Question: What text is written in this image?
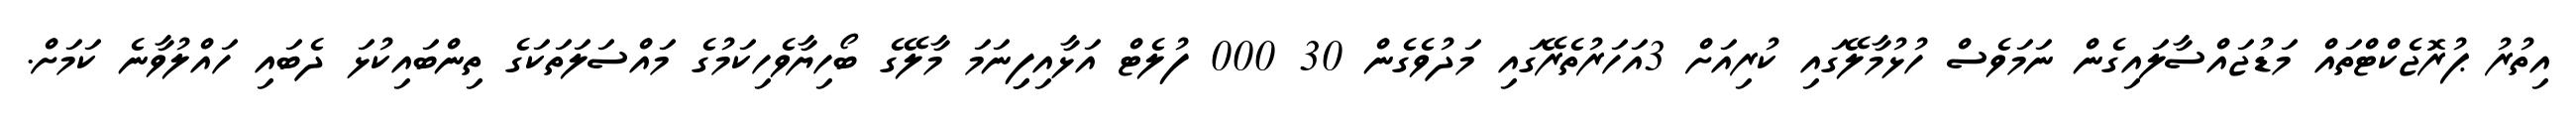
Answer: އިތުރު ޕުރޮޖެކްޓްތައް މަޑުޖައްސާލައިގެން ނަމަވެސް ހުޅުމާލޭގައި ކުރިއަށް 3އަހަރުތެރޭގައި މަދުވެގެން 30 000 ފުލެޓް އަޅާއިފިިނަމަ މާލޭގެ ބޯހިޔާވެހިކަމުގެ މައްސަލަތަކަގެ ތިންބައިކުޅަ ދެބައި ހައްލުވާނެ ކަމަށް.